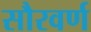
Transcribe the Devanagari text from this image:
सौरवर्ण